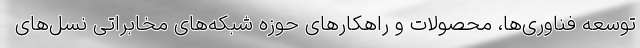
توسعه فناوری‌ها، محصولات و راهکارهای حوزه شبکه‌های مخابراتی نسل‌های